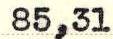
85,31